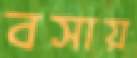
বসায়